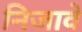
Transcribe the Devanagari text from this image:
निजावे